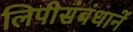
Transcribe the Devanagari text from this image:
लिपीसंबंधानें